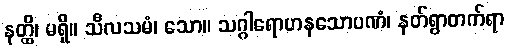
နတ္ထိ၊ မရှိ။ သီလသမံ၊ သော။ သဂ္ဂါရောဟနသောပဏံ၊ နတ်ရွာတက်ရာ